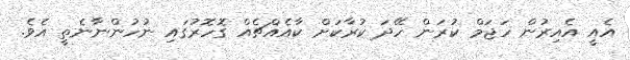
އެއީ އެއިރުން ހަޖަމް ކުރަން ހޭދަ ކުރާކަށް ކާއެއްޗެއް ގޮހޮރުގައި ނުހުންނާނެތީ އެވެ.